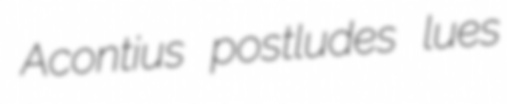
Acontius postludes lues